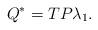
LaTeX: \begin{align*}Q^* = T P \lambda_1.\end{align*}